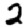
Digit: 2